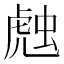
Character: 𰲦